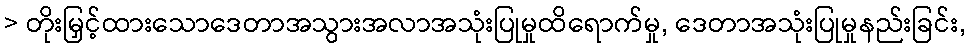
> တိုးမြှင့်ထားသောဒေတာအသွားအလာအသုံးပြုမှုထိရောက်မှု, ဒေတာအသုံးပြုမှုနည်းခြင်း,